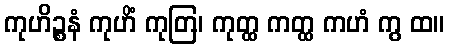
ကုဟိဉ္စနံ ကုဟိံ ကုတြ၊ ကုတ္ထ ကတ္ထ ကဟံ ကွ ထ။